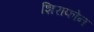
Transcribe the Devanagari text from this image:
शिराफोन